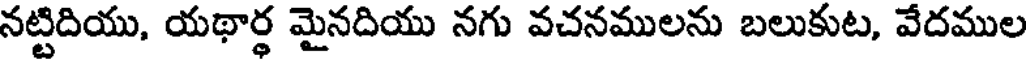
నట్టిదియు, యథార్థ మైనదియు నగు వచనములను బలుకుట, వేదముల